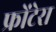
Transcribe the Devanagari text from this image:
फ्रोंटेरा